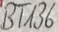
Text: BT136